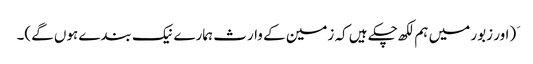
َ (اور زبور میں ہم لکھ چکے ہیں کہ زمین کے وارث ہمارے نیک بندے ہوں گے)۔